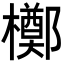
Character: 𬅈